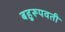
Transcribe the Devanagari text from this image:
बहुरूपवती